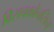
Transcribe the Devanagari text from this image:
विसचकोनसिन